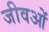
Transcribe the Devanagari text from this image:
जीवओं